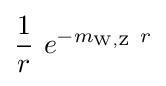
{\frac {1}{r}}\ e^{-m_{\rm {W,Z}}\ r}